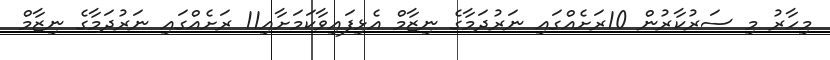
މިހާރު މި ސަރުކާރުން 10ރަށެއްގައި ނަރުދަމާގެ ނިޒާމް އެޅިފައިވާކަމަށާއި11 ރަށެއްގައި ނަރުދަމާގެ ނިޒާމް